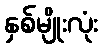
နှစ်မျိုးလုံး